Scottish Leaving Certificate Examination, 1956
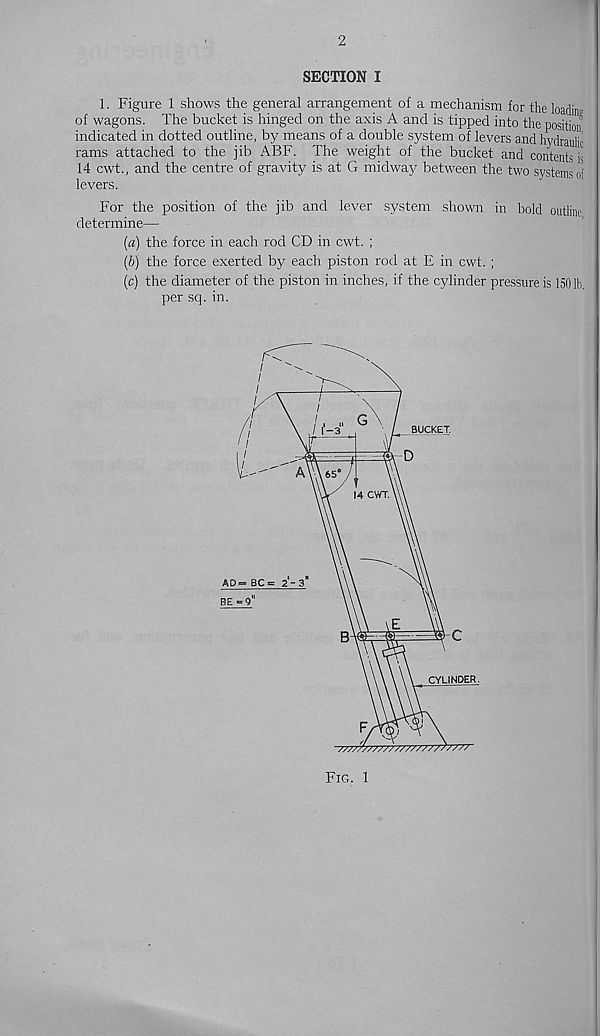
2
SECTION I
1. Figure 1 shows the general arrangement of a mechanism for the load™
of wagons. The bucket is hinged on the axis A and is tipped into the position
indicated in dotted outline, by means of a double system of levers and hydraulic
rams attached to the jib ABF. The weight of the bucket and contents is
14 cwt., and the centre of gravity is at G midway between the two systems of
levers.
For the position of the jib and lever system shown in bold outline
determine—
(a) the force in each rod CD in cwt. ;
(b) the force exerted by each piston rod at E in cwt. ;
(c) the diameter of the piston in inches, if the cylinder pressure is 150 lb.
per sq. in.
Fig. 1